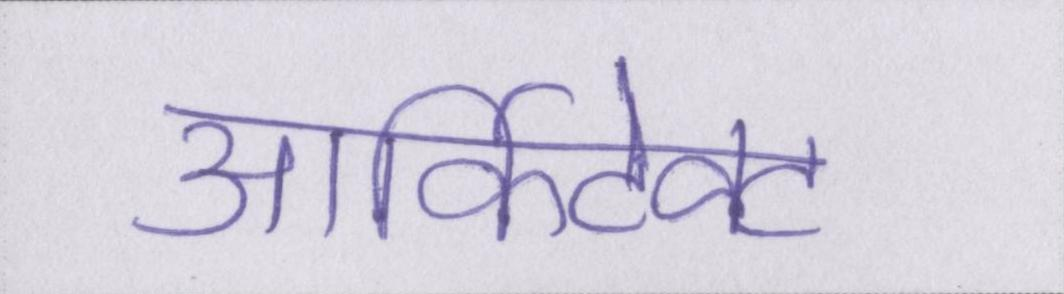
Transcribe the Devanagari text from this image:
आर्किटेक्ट